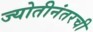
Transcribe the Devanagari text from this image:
ज्योतीनंतरची